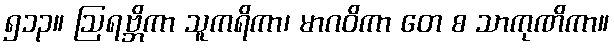
၅၁၃။ ဩရဗ္ဘိကာ သူကရိကာ၊ မာဂဝိကာ တေ စ သာကုဏိကာ။